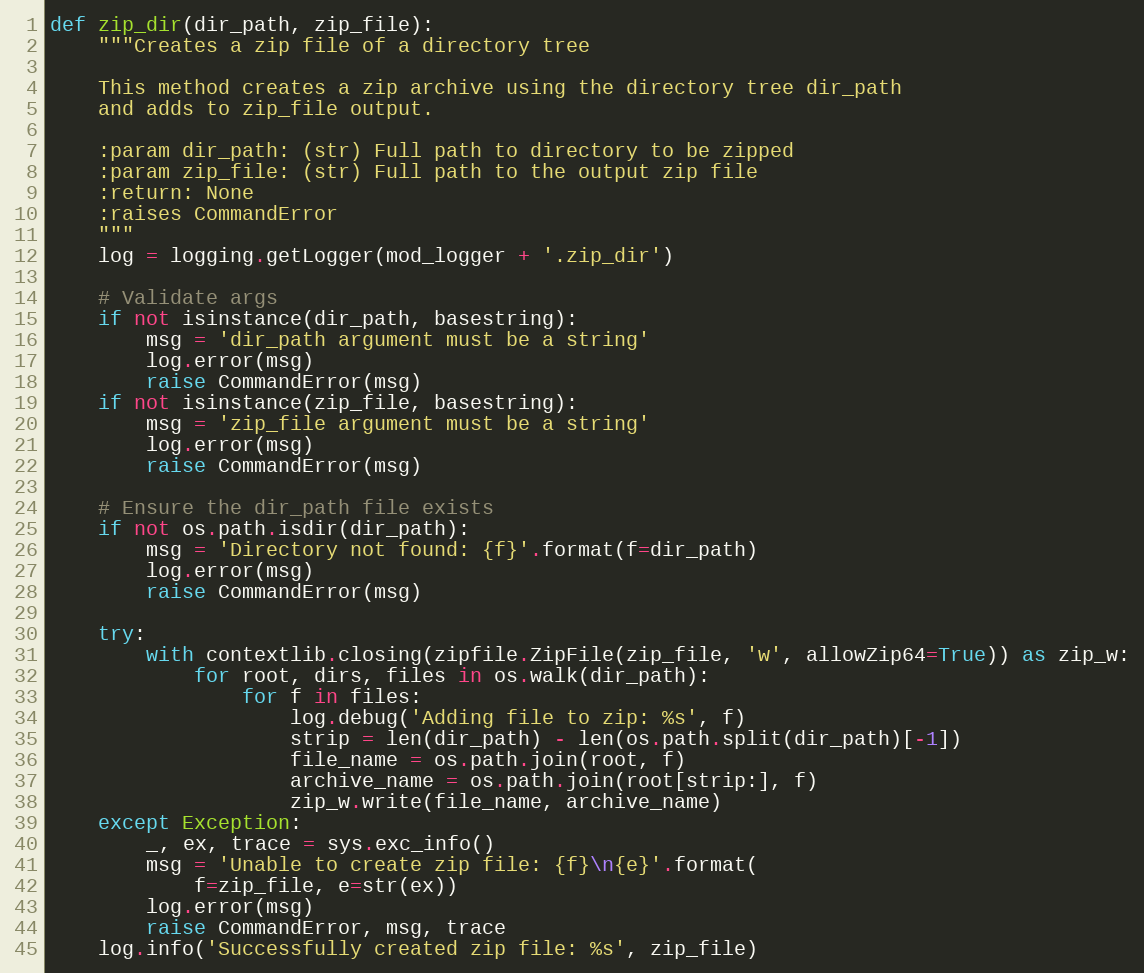
Language: Python
def zip_dir(dir_path, zip_file):
    """Creates a zip file of a directory tree

    This method creates a zip archive using the directory tree dir_path
    and adds to zip_file output.

    :param dir_path: (str) Full path to directory to be zipped
    :param zip_file: (str) Full path to the output zip file
    :return: None
    :raises CommandError
    """
    log = logging.getLogger(mod_logger + '.zip_dir')

    # Validate args
    if not isinstance(dir_path, basestring):
        msg = 'dir_path argument must be a string'
        log.error(msg)
        raise CommandError(msg)
    if not isinstance(zip_file, basestring):
        msg = 'zip_file argument must be a string'
        log.error(msg)
        raise CommandError(msg)

    # Ensure the dir_path file exists
    if not os.path.isdir(dir_path):
        msg = 'Directory not found: {f}'.format(f=dir_path)
        log.error(msg)
        raise CommandError(msg)

    try:
        with contextlib.closing(zipfile.ZipFile(zip_file, 'w', allowZip64=True)) as zip_w:
            for root, dirs, files in os.walk(dir_path):
                for f in files:
                    log.debug('Adding file to zip: %s', f)
                    strip = len(dir_path) - len(os.path.split(dir_path)[-1])
                    file_name = os.path.join(root, f)
                    archive_name = os.path.join(root[strip:], f)
                    zip_w.write(file_name, archive_name)
    except Exception:
        _, ex, trace = sys.exc_info()
        msg = 'Unable to create zip file: {f}\n{e}'.format(
            f=zip_file, e=str(ex))
        log.error(msg)
        raise CommandError, msg, trace
    log.info('Successfully created zip file: %s', zip_file)